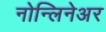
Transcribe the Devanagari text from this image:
नोन्लिनेअर